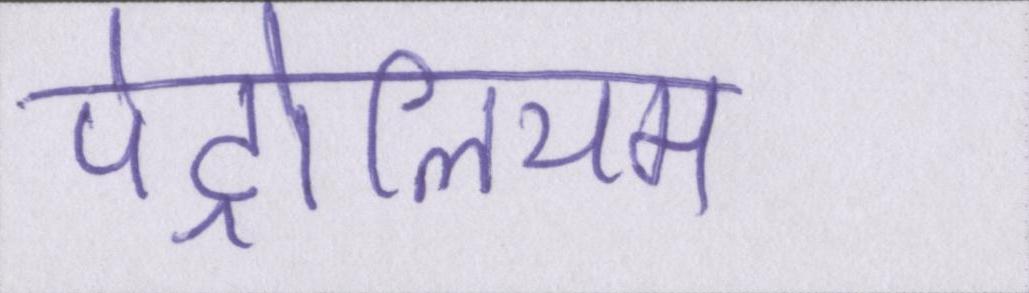
पेट्रोलियम